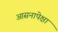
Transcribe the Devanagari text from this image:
आसनापेक्षा